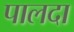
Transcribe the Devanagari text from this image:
पालदा